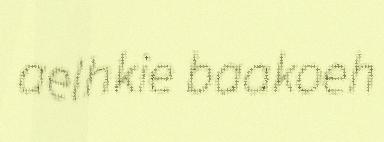
aelhkie baakoeh